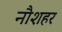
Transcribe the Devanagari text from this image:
नौशहर